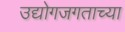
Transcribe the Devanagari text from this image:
उद्योगजगताच्या